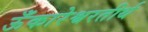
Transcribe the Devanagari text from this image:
ऊँकारेश्वरतीर्थ